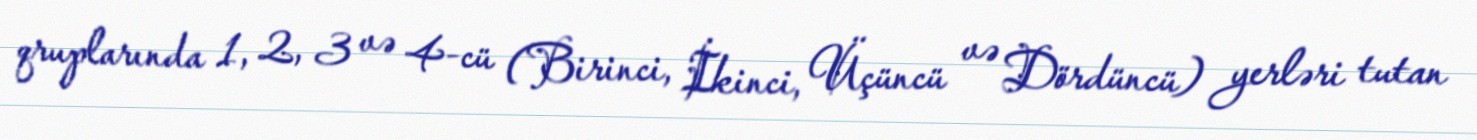
qruplarında 1, 2, 3 və 4-cü (Birinci, İkinci, Üçüncü və Dördüncü) yerləri tutan